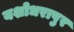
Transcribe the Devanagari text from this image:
यशोधरापुर